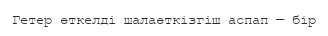
Гетер өткелді шалаөткізгіш аспап — бір